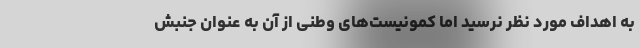
به اهداف مورد نظر نرسید اما کمونیست‌های وطنی از آن به عنوان جنبش